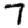
Digit: 7